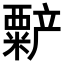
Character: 𬡻